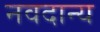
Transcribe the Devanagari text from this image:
नवदान्य